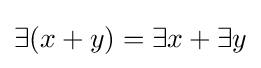
\exists (x+y)=\exists x+\exists y